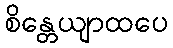
စိန္တေယျာထပေ